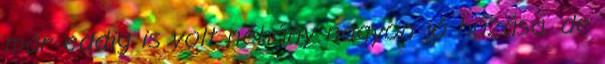
már eddig is volt néhány nagyon jó húzása, de